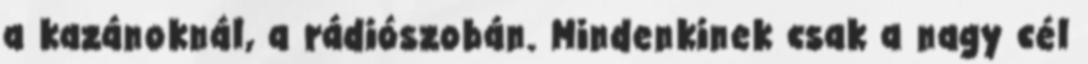
a kazánoknál, a rádiószobán. Mindenkinek csak a nagy cél